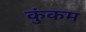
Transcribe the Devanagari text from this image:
कुंकम